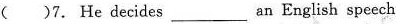
( )7. He decides___an English spcech